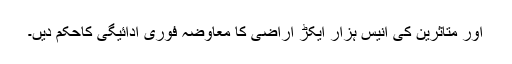
اور متاثرین کی انیس ہزار ایکڑ اراضی کا معاوضہ فوری ادائیگی کاحکم دیں۔